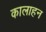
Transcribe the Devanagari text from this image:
कालाहन